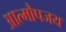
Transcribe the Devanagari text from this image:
आत्मौपजय